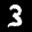
Label: 3